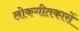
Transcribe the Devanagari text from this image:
लोकगीतकारों